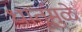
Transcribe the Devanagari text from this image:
धातूंमुळे